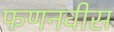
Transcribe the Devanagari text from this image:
फणनवीस